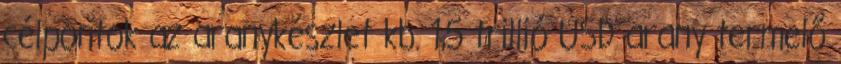
célpontok az aranykészlet kb. 1,5 trillió USD arany termelő